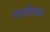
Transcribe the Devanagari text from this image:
महाशिरूय